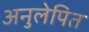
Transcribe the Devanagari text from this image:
अनुलेपित